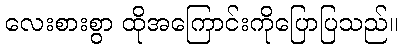
လေးစားစွာ ထိုအကြောင်းကိုပြောပြသည်။